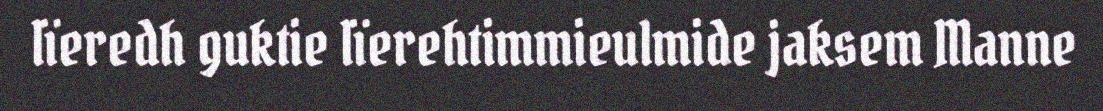
lïeredh guktie lïerehtimmieulmide jaksem Manne